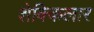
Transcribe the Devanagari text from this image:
शेक्किलार